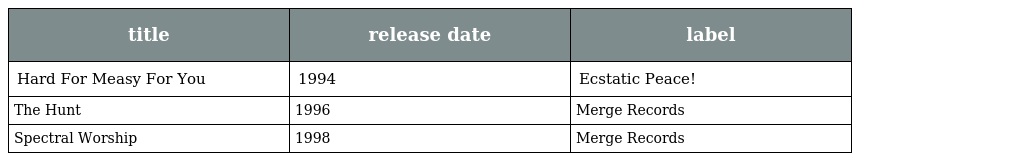
| title | release date | label |
 | --- | --- | --- |
 | Hard For Measy For You | 1994 | Ecstatic Peace! |
 | The Hunt | 1996 | Merge Records |
 | Spectral Worship | 1998 | Merge Records |